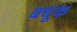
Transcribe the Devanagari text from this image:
बधूक